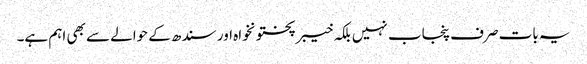
یہ بات صرف پنجاب نہیں بلکہ خیبرپختونخواہ اور سندھ کے حوالے سے بھی اہم ہے۔